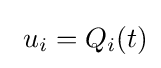
\ u_{i}=Q_{i}(t)